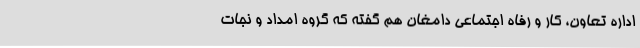
اداره تعاون، کار و رفاه اجتماعی دامغان هم گفته که گروه امداد و نجات